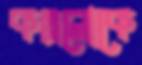
কল্পলোকে